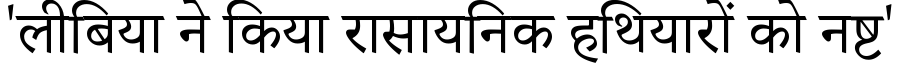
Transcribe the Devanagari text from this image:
'लीबिया ने किया रासायनिक हथियारों को नष्ट'